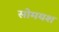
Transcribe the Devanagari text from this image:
सोमयश